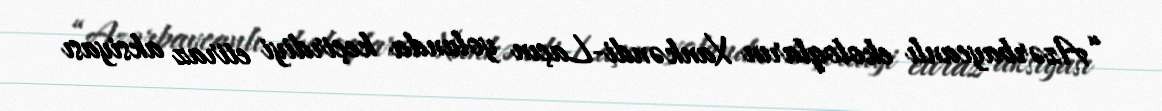
“Azərbaycanlı ekoloqların Xankəndi-Laçın yolunda keçirdiyi etiraz aksiyası